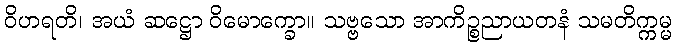
ဝိဟရတိ၊ အယံ ဆဋ္ဌော ဝိမောက္ခော။ သဗ္ဗသော အာကိဉ္စညာယတနံ သမတိက္ကမ္မ